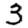
Digit: 3